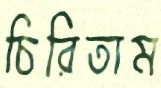
চিরিতাম